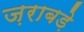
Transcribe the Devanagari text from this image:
ज़राबड़े